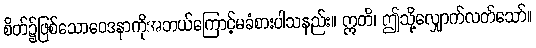
စိတ်၌ဖြစ်သောဝေဒနာကိုအဘယ်ကြောင့်မခံစားပါသနည်း။ ဣတိ၊ ဤသို့လျှောက်လတ်သော်။